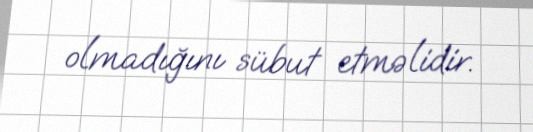
olmadığını sübut etməlidir.